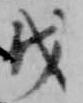
伐